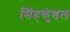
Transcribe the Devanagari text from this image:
सिंहकुंडल